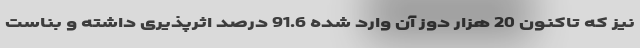
نیز که تاکنون 20 هزار دوز آن وارد شده 91.6 درصد اثرپذیری داشته و بناست